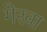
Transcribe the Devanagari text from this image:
गेरवा